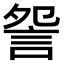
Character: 𧧁